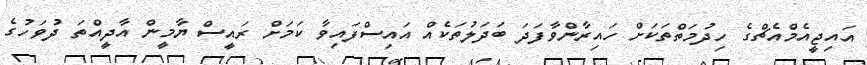
އައިޖީއެމްއެޗްގެ ހިދުމަތްތަކަށް ހައިރާންވާފަދަ ބަދަލުތަކެއް އައިސްފައިވާ ކަމަށް ރައީސް ޔާމީން އާދީއްތަ ދުވަހުގެ